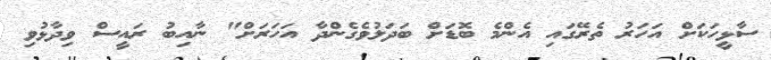
ސާޅީހަކަށް އަހަރު ތެރޭގައި އެންމެ ބޮޑަށް ބަދަލުވެގެންދާ އަހަރަށް" ނާއިބު ރައީސް ވިދާޅުވި